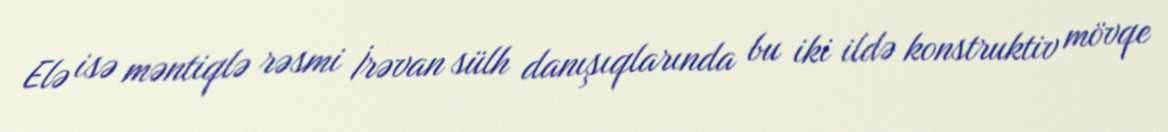
Elə isə məntiqlə rəsmi İrəvan sülh danışıqlarında bu iki ildə konstruktiv mövqe